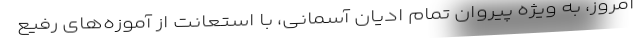
امروز، به ویژه پیروان تمام ادیان آسمانی، با استعانت از آموزه‌های رفیع